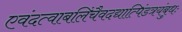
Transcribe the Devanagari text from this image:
एवंदत्वाबलिंचैवदद्यात्पिंडत्रयंबुधः